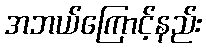
အဘယ်ကြောင့်နည်း